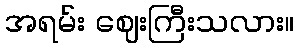
အရမ်း ဈေးကြီးသလား။